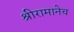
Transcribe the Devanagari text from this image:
श्रीरामानेच